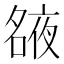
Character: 𡖺